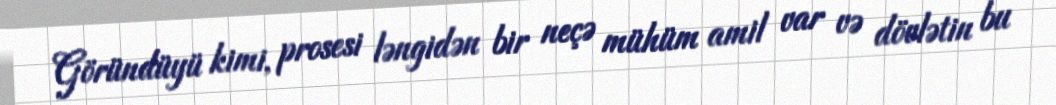
Göründüyü kimi, prosesi ləngidən bir neçə mühüm amil var və dövlətin bu